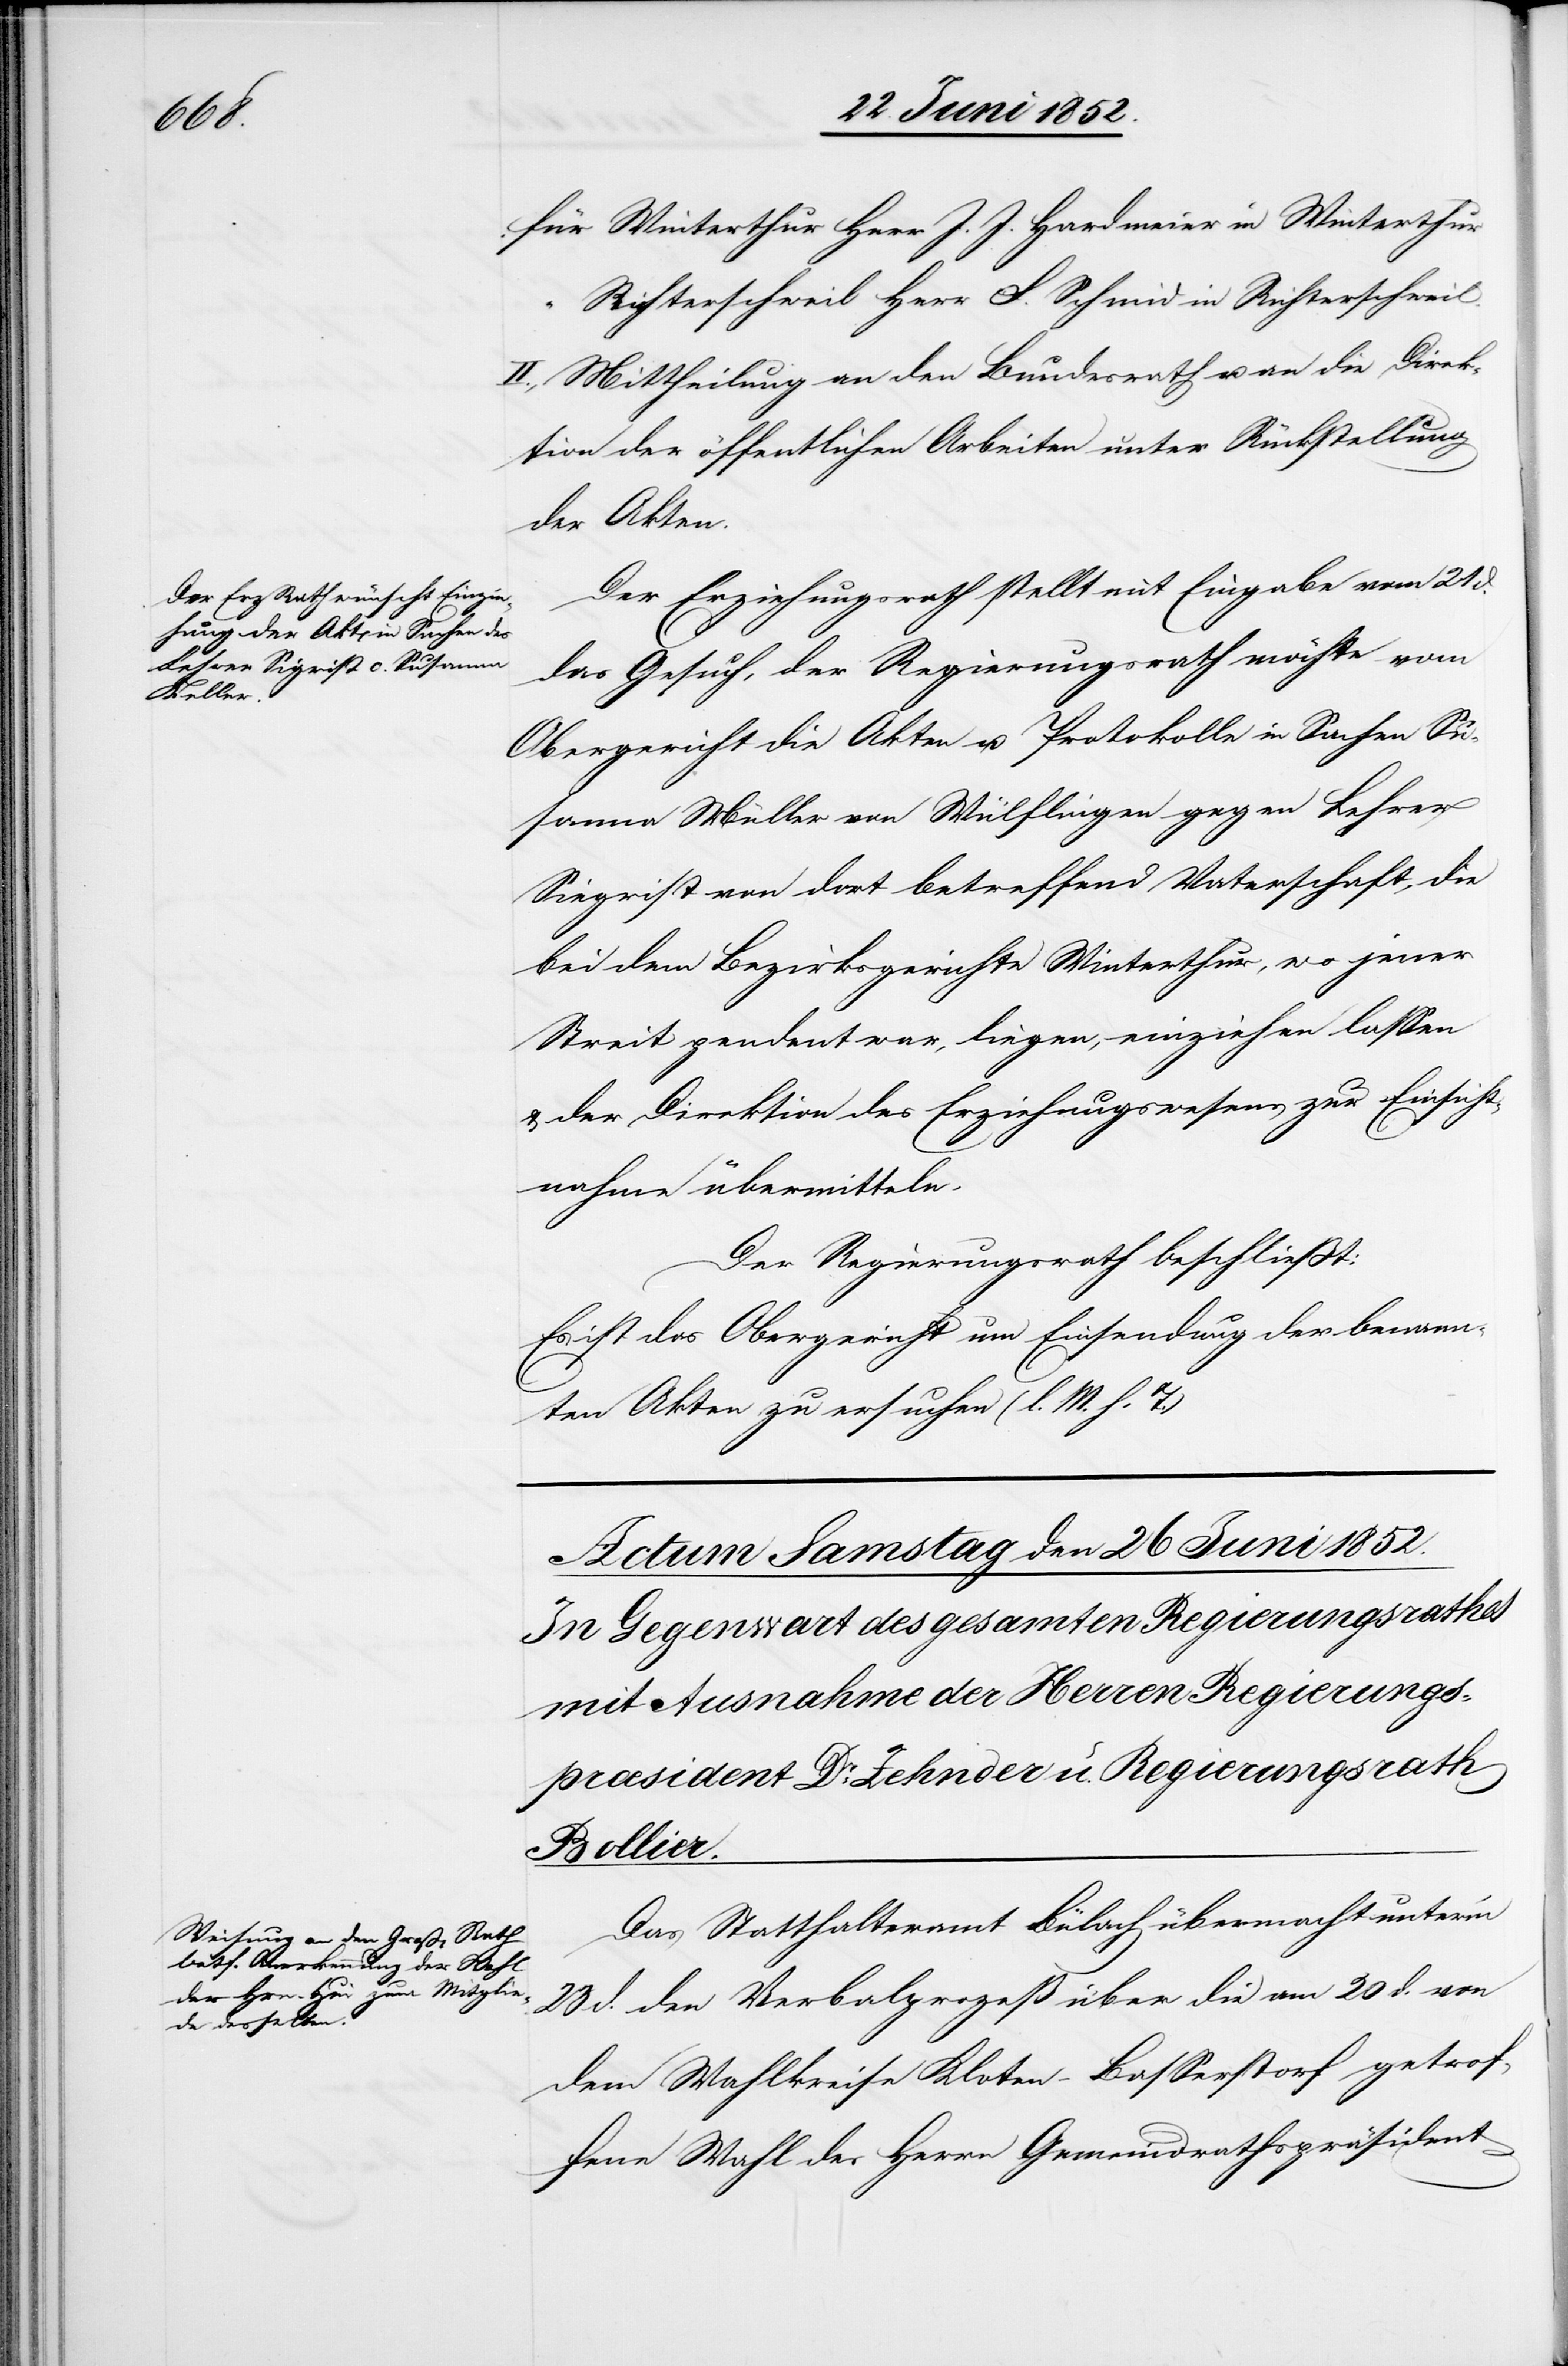
Lehrer

für Winterthur Herr J. J. Hardmeier [sic!] in Winterthur
Richterschweil Herr F. Schmid in Richterschweil.
II., Mittheilung an den Bundesrath u. an die Direk¬
tion der öffentlichen Arbeiten unter Rückstellung
der Akten.
Der Erziehungsrath stellt mit Eingabe vom 21 d.
anna
das Gesuch, der Regierungsrath möchte vom
Obergericht die Akten u. Protokolle in Sachen Sus¬
Siegrist [sic!] von dort betreffend Vaterschaft, die
bei dem Bezirksgerichte Winterthur, wo jener
Streit pendent war, liegen, einziehen lassen
& der Direktion des Erziehungswesens zur Einsicht¬
nahme übermitteln.
Der Regierungsrath beschliesst:
Es ist das Obergericht um Einsendung der benann¬
ten Akten zu ersuchen (l. M. h. T.)
Das Statthalteramt Bülach übermacht unter’m
23 d. den Verbalprozeß über die am 20 d. von
dem Wahlkreise Kloten-Basserstorf getrof¬
fene Wahl des Herrn Gemeindrathspräsident